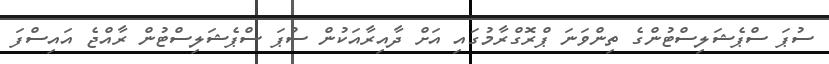
ސުޕަ ސްޕެޝަލިސްޓުންގެ ތިންވަނަ ޕްރޮގްރާމުގައި އަށް ދާއިރާއަކުން ސުޕަ ސްޕެޝަލިސްޓުން ރާއްޖެ އައިސްފަ